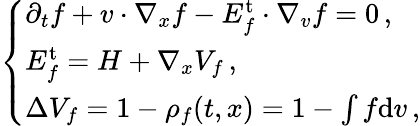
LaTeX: \left\{ \begin{array}{ll}{\partial_{t}f+v\cdot\nabla_{x}f-E_{f}^{\mathrm{t}}\cdot\nabla_{v}f=0\, ,}\\ {E_{f}^{\mathrm{t}}=H+\nabla_{x}V_{f}\, ,}\\ {\Delta V_{f}=1-\rho_{f}(t,x)=1-\int f\mathrm{d}{v}\, ,}\end{array}\right.